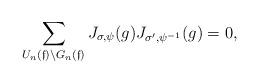
LaTeX: \begin{align*}\sum_{U_n(\mathfrak{f}) \backslash G_n(\mathfrak{f})} J_{\sigma, \psi}(g)J_{\sigma^\prime, \psi^{-1}}(g) = 0,\end{align*}